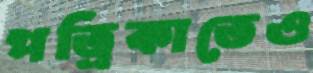
পত্রিকাতেও